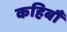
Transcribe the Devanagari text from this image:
कहिबौ